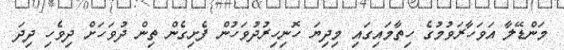
މަންޑޭލާ އަވަހާރަވުމުގެ ހިތާމައިގައި މިދިޔަ ހޮނިހިރުދުވަހުން ފެށިގެން ތިން ދުވަހަށް ދިވެހި ދިދަ